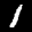
Label: 1